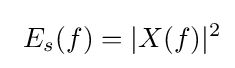
\ E_{s}(f)=|X(f)|^{2}